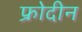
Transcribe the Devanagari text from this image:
फ्रोदीन